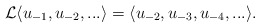
\begin{align*}\mathcal{L} \langle u_{-1}, u_{-2}, ... \rangle = \langle u_{-2}, u_{-3}, u_{-4}, ... \rangle.\end{align*}